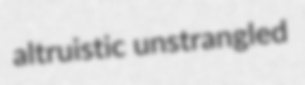
altruistic unstrangled